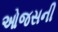
ઓજસની